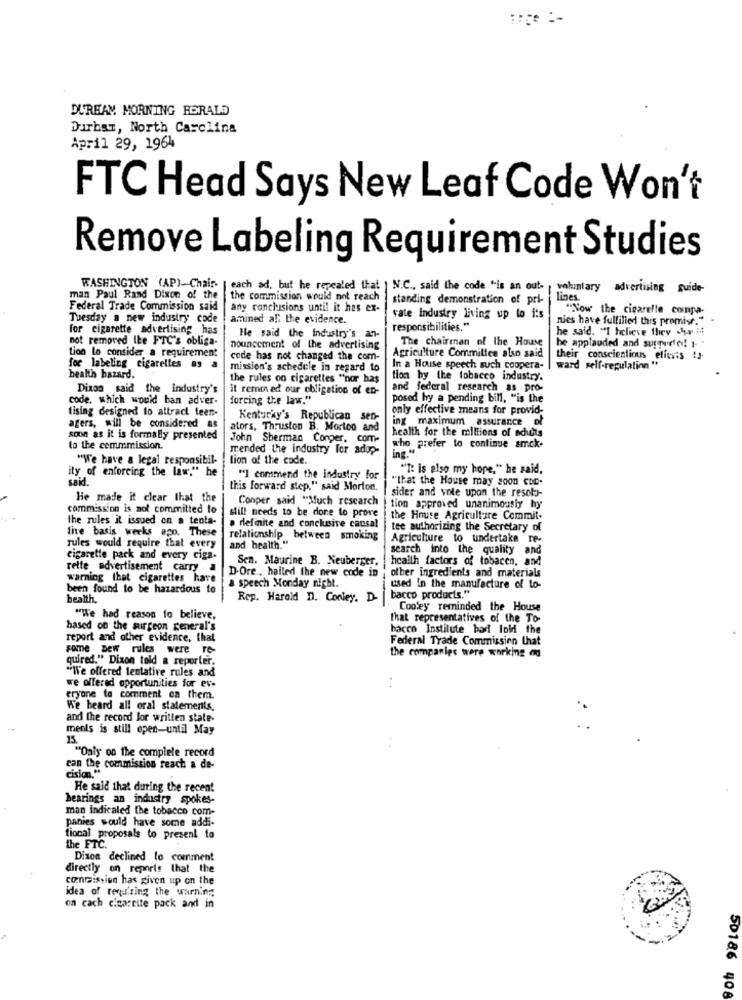
DURHAM MORNING HERALD
Durbar, North Carolina
April 29, 1964
FTC Head Says New Leaf Code Won't
Remove Labeling Requirement Studies
WASHINGTON (AP)-Chain-
each ad, but he repealed that | N.C ., said the code "is an out-
voluntary advertising guide-
man Paul Rand Dixon of the
the commission would not reach
standing demonstration of pri-
lines.
Federal Trade Commission said
any conclusions until it has ex-
"Now the cigarette compa-
Tuesday a new industry code
amined al; the evidence.
vate industry living up to its
nies have fulfilled this promise." -
for cigarette advertising has
responsibilities."
he said. "I hclieve they .hr =
not removed the FTC's obliga-
He said the industry's an-
The chairman of the House
he applauded and supporto! 1- .
tion lo consider a requirement
nouncement of the advertising
code has not changed the com-
Agriculture Committee also said
their conscientious elitsis !3-
for labeling cigarettes as a
mission's schedule in regard to
In a House speech such coopera-
ward self-regulation **
health hazard.
the rules on cigarettes "nor has
tion by the tobacco industry.
Dixon said the industry's
it removed our obligation of en-
and federal research as pro-
code, which would ban adver-
forcing the law."
posed by a pending bill, "is the
tising designed to attract teen-
only effective means for provid-
Kentucky's Republican sen-
ing maximum assurance of
agers, will be considered as
ators, Thruston B. Morton and
health for the millions of schults
soon as it is formally presented
John Sherman Conger, com-
to the commmission.
mended the industry for adop-
who prefer to continue amck.
"We have a legal responsibil-
lion of the code.
ity of enforcing the law." he
"I: is also my hope," he said,
said.
"] commend the industry for
""that the House may goon con-
this forward step," said Morion.
sider and vote upon the resol)-
He made it clear that the
Conper said "Much research
tion approved unanimously hy
commission is not committed to
the rules it issued on a tenta-
a definite and conclusive cansal
still needs to be done to prove
the House Agriculture Commit-
the basis weeks ago. These
tee authorizing the Secretary of
relationship between smoking
Agriculture to undertake re-
rules would require that every
and health."
search into the quality and
Cigarette pack and every ciga.
Sen. Maurine B. Neuberger,
health factors of tobacen, and
rette advertisement carry a
D-Ore ., hailed the new code in
other ingredients and materials
warning that cigarettes have
been found to be hazardous to
a speech Monday night.
used in the manufacture of to-
bacco products."
health.
Rep. Harold D. Conley. D-
Cooley reminded the House
"We had reason to believe.
That representatives of the To-
based on the surgeon general's
hacco Instilute bar fold the
report and other evidence, that
Federal Trade Commission Chat
some Dew rules were re-
the companies were working od
quired." Dixon told a reporter.
"We offered tentative rules and
we offered opportunities for ev-
eryone to comment on them.
We heard all oral statements.
and the record lor written state-
ments is still open-until May
15.
"Oaly on the complete record
can the commission reach a de-
cision."
He said that during the recent
bearings an industry spokes-
man indicaled the tobacco com-
panies would have some addi-
tional proposals to present to
the FTC.
Dixon declined to comment
directly on reports that the
commission has given up on the
idea of requiring the warning
on cach cigareite pack and in
50186 408